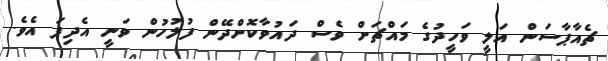
ޗެއާޕާސަން އަލީ ވަހީދުގެ މައްޗަށް ވެސް ދައުވާކޮށްދޭން ފުލުހުން ވަނީ އެދިފަ އެެވެ.